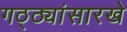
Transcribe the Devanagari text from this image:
गठ्ठ्यांसारखे